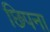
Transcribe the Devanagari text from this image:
छिपना